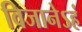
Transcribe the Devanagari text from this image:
विजानेऽहं